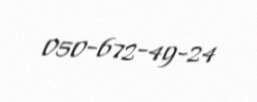
050-672-49-24